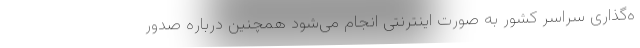
ه‌گذاری سراسر کشور به صورت اینترنتی انجام می‌شود همچنین درباره صدور